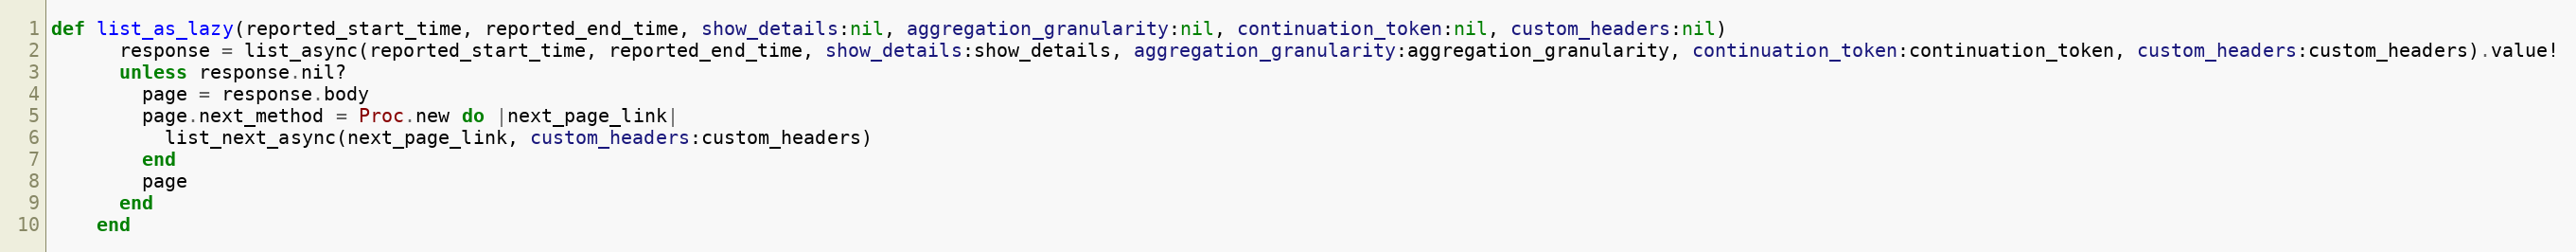
Language: Ruby
def list_as_lazy(reported_start_time, reported_end_time, show_details:nil, aggregation_granularity:nil, continuation_token:nil, custom_headers:nil)
      response = list_async(reported_start_time, reported_end_time, show_details:show_details, aggregation_granularity:aggregation_granularity, continuation_token:continuation_token, custom_headers:custom_headers).value!
      unless response.nil?
        page = response.body
        page.next_method = Proc.new do |next_page_link|
          list_next_async(next_page_link, custom_headers:custom_headers)
        end
        page
      end
    end